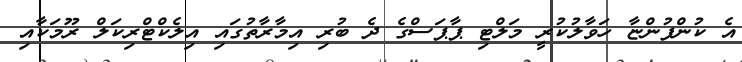
އެ ކުންފުންޏާ ހަވާލުކުރީ މަލްޓި ޕާޕަސްގެ ދެ ބުރި އިމާރާތުގައި އިލެކްޓްރިކަލް ރޫމަކާއި